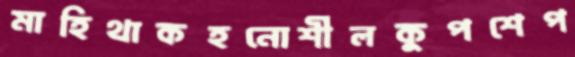
মাহিথাকহনোশীলকুপশেপ